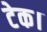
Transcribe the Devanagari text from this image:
टेक।